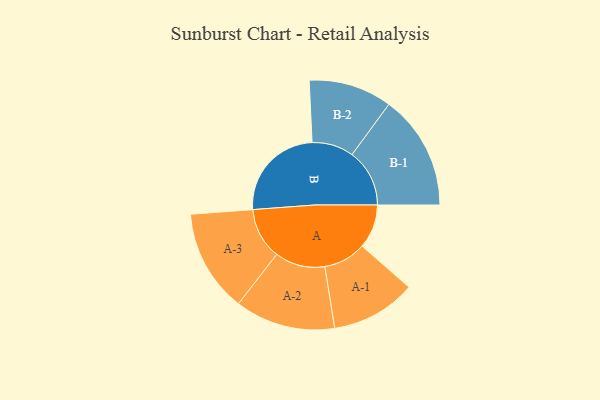
{"axis": {"x": "Segment", "y": "Value"}, "legend": ["", "A", "B"], "data": [{"x": "A", "y": 150, "type": ""}, {"x": "B", "y": 334, "type": ""}, {"x": "A-1", "y": 145, "type": "A"}, {"x": "A-2", "y": 171, "type": "A"}, {"x": "A-3", "y": 175, "type": "A"}, {"x": "B-1", "y": 196, "type": "B"}, {"x": "B-2", "y": 142, "type": "B"}]}